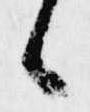
候